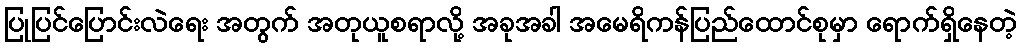
ပြုပြင်ပြောင်းလဲရေး အတွက် အတုယူစရာလို့ အခုအခါ အမေရိကန်ပြည်ထောင်စုမှာ ရောက်ရှိနေတဲ့